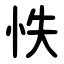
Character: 怢